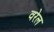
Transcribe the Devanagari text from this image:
वरेल